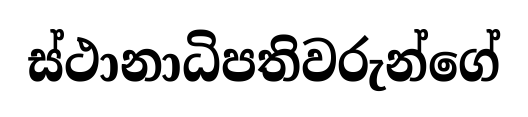
ස්ථානාධිපතිවරුන්ගේ